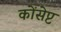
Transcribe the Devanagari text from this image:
कोंसेप्ट